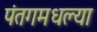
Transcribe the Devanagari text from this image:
पंतगमधल्या